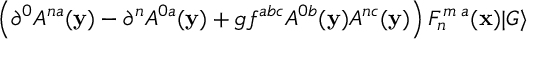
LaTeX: \left( \partial ^ { 0 } A ^ { n a } ( { \bf y } ) - \partial ^ { n } A ^ { 0 a } ( { \bf y } ) + g f ^ { a b c } A ^ { 0 b } ( { \bf y } ) A ^ { n c } ( { \bf y } ) \right) F _ { n } ^ { m \; a } ( { \bf x } ) \vert G \rangle